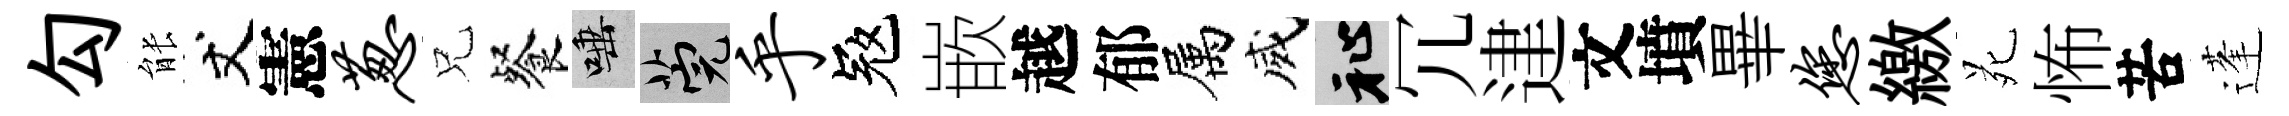
勾䏻丈憲葱兄餐唾筦乎冦嵌越郁属威祉冗䢖文墳畢您繳苑怖苦蓬